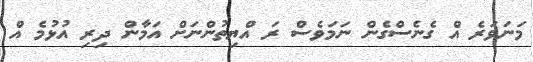
މަނަވަރެ އް ގެނެސްގެން ނަމަވެސް ރަ އްޔިތުންނަށް އަމާން ދިރި އުޅުމެ އް